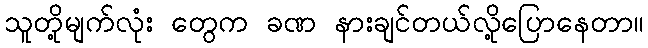
သူတို့မျက်လုံး တွေက ခဏ နားချင်တယ်လို့ပြောနေတာ။